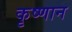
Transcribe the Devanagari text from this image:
कृष्णान